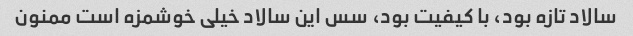
سالاد تازه بود، با کیفیت بود، سس این سالاد خیلی خوشمزه است ممنون